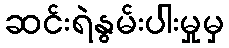
ဆင်းရဲနွမ်းပါးမှုမှ